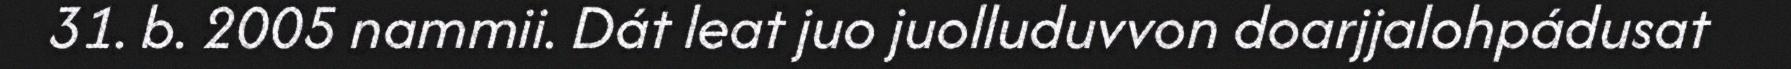
31. b. 2005 nammii. Dát leat juo juolluduvvon doarjjalohpádusat